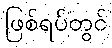
ဖြစ်ရပ်တွင်